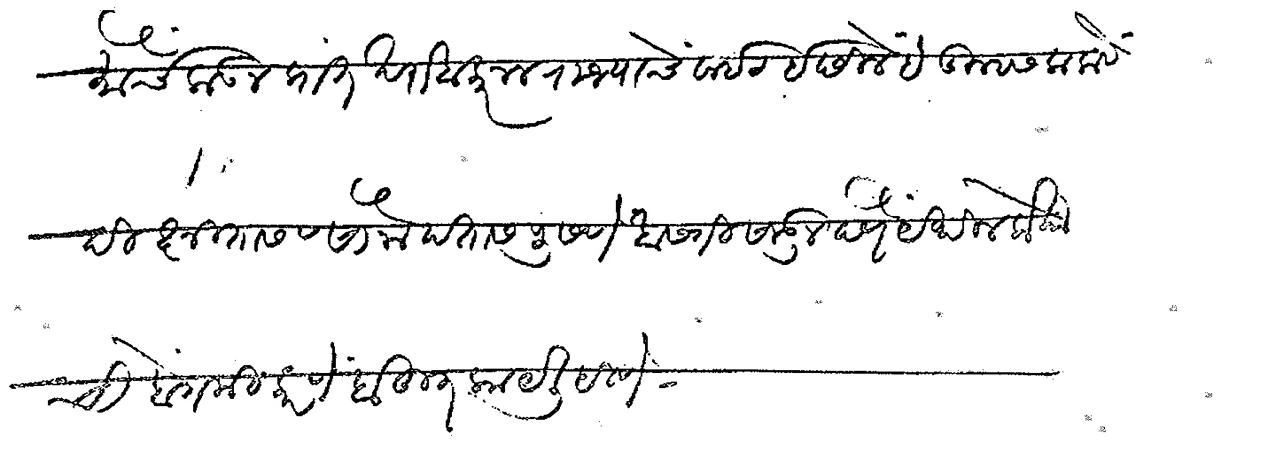
Transliteration (Devanagari): मोर्चे लाऊन प्रांत खराबा करून राज्याचे वाईट इछिले हे तुम्हास कळावे दीक्षितास व सोनोपतास पुसणे खासगी सोडून देणे येथील लोकाची बेगमी करणे बहुत काय लिहिणे